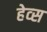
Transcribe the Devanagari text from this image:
हेव्स